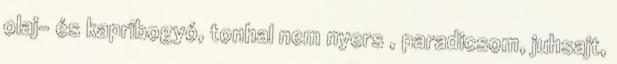
olaj- és kapribogyó, tonhal nem nyers , paradicsom, juhsajt,